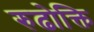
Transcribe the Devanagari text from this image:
रुढोक्ति